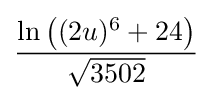
{\frac {\ln {\big (}(2u)^{6}+24{\big )}}{\sqrt {3502}}}